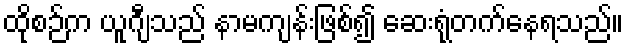
ထိုစဉ်က ယူဂျီသည် နာမကျန်းဖြစ်၍ ဆေးရုံတက်နေရသည်။